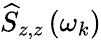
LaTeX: \widehat{S}_{z,z}\left(\omega_{k}\right)